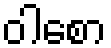
ဝါစော